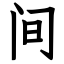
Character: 间